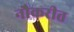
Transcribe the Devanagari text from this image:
नौकरीत